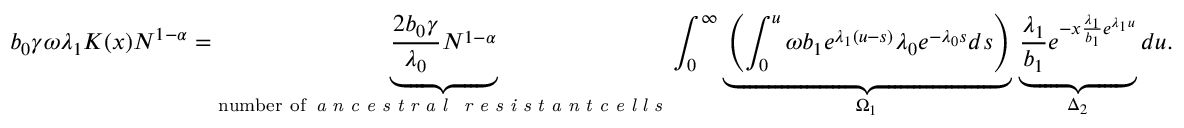
b _ { 0 } \gamma \omega \lambda _ { 1 } K ( x ) N ^ { 1 - \alpha } = \underbrace { \frac { 2 b _ { 0 } \gamma } { \lambda _ { 0 } } N ^ { 1 - \alpha } } _ { \substack { \mathrm { n u m b e r ~ o f } \, \textit { a n c e s t r a l } \, \textit { r e s i s t a n t c e l l s } } } \int _ { 0 } ^ { \infty } \underbrace { \left( \int _ { 0 } ^ { u } \omega b _ { 1 } e ^ { \lambda _ { 1 } ( u - s ) } \lambda _ { 0 } e ^ { - \lambda _ { 0 } s } d s \right) } _ { \substack { \Omega _ { 1 } } } \, \underbrace { \frac { \lambda _ { 1 } } { b _ { 1 } } e ^ { - x \frac { \lambda _ { 1 } } { b _ { 1 } } e ^ { \lambda _ { 1 } u } } } _ { \substack { \Delta _ { 2 } } } d u .